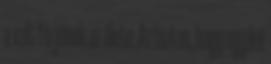
a volt férjének az élete. Az biztos, hogy egyiké